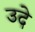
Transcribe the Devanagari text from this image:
उदे